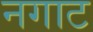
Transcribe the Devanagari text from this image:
नगाट